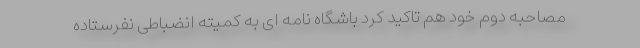
مصاحبه دوم خود هم تاکید کرد باشگاه نامه ای به کمیته انضباطی نفرستاده